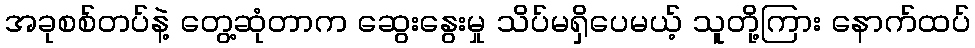
အခုစစ်တပ်နဲ့ တွေ့ဆုံတာက ဆွေးနွေးမှု သိပ်မရှိပေမယ့် သူတို့ကြား နောက်ထပ်